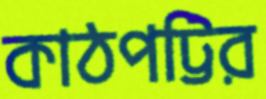
কাঠপট্টির